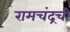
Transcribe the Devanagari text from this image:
रामचंद्रची